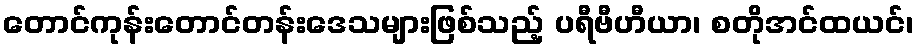
တောင်ကုန်းတောင်တန်းဒေသများဖြစ်သည့် ပရီဗီဟီယာ၊ စတိုအင်ထယင်၊